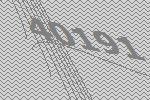
40191